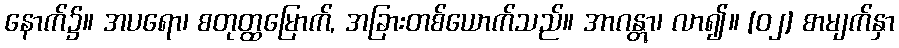
နောက်၌။ အပရော၊ စတုတ္ထမြောက်, အခြားတစ်ယောက်သည်။ အာဂန္တွာ၊ လာ၍။ [၀၂] စာမျက်နှာ